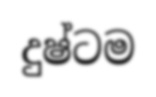
දුෂ්ටම